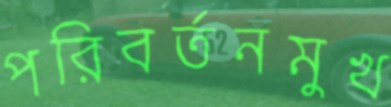
পরিবর্তনমুখ